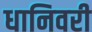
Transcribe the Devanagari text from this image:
धानिवरी